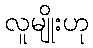
လူမျိုးဟု